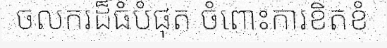
ចលករដ៏ធំបំផុត ចំពោះការខិតខំ